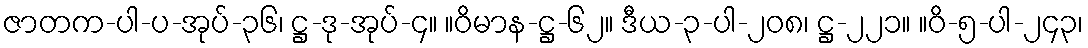
ဇာတက-ပါ-ပ-အုပ်-၃၆၊ ဋ္ဌ-ဒု-အုပ်-၄။ ။ဝိမာန-ဋ္ဌ-၆၂။ ဒီယ-၃-ပါ-၂၀၈၊ ဋ္ဌ-၂၂၁။ ။ဝိ-၅-ပါ-၂၄၃၊